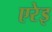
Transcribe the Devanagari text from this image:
एरेइ